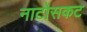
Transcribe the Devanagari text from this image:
नाटोसकट